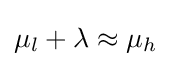
\mu _{l}+\lambda \approx \mu _{h}